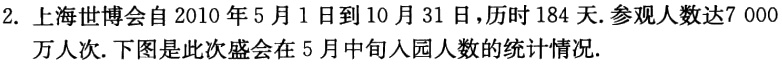
2. 上海世博会自 2010 年 5 月 1 日到 10 月 31 日，历时 184 天. 参观人数达7 000万人次. 下图是此次盛会在 5 月中旬入园人数的统计情况.